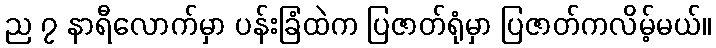
ည ၇ နာရီလောက်မှာ ပန်းခြံထဲက ပြဇာတ်ရုံမှာ ပြဇာတ်ကလိမ့်မယ်။